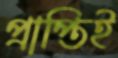
প্রাপ্তিই